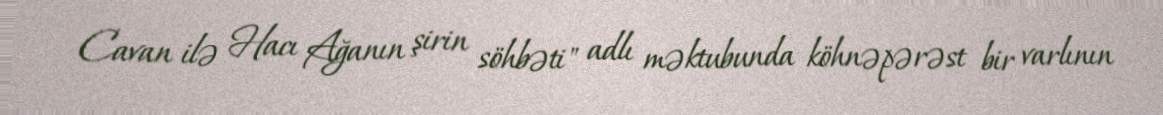
Cavan ilə Hacı Ağanın şirin söhbəti" adlı məktubunda köhnəpərəst bir varlının